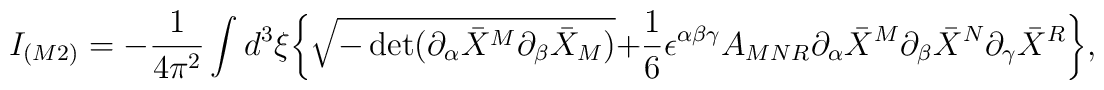
I_{(M2)} = -{1\over 4\pi^2}\int d^3\xi \bigg\{\sqrt{-\det (\partial_\alpha {\bar X}^M \partial_\beta {\bar X}_M)}+{1\over 6}\epsilon^{\alpha\beta\gamma}A_{MNR} \partial_\alpha {\bar X}^M \partial_\beta {\bar X}^N \partial_\gamma {\bar X}^R\bigg\},